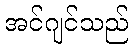
အင်ဂျင်သည်